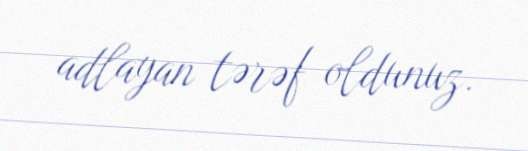
adlayan tərəf oldunuz.